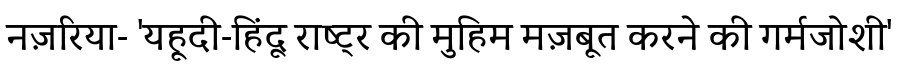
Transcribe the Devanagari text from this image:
नज़रिया- 'यहूदी-हिंदू राष्ट्र की मुहिम मज़बूत करने की गर्मजोशी'